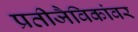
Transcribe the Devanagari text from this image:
प्रतीजैविकांवर